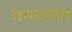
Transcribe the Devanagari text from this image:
रामयनात